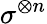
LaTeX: \sigma^{\otimes n}